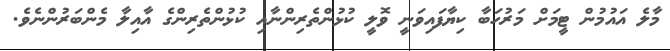
މާލެ އައުމުން ޓީމަށް މަރުހަބާ ކިޔާފައިވަނީ ވޮލީ ކުޅުންތެރިންނާއި ކުޅުންތެރިންގެ އާއިލާ މެންބަރުންނެވެ.